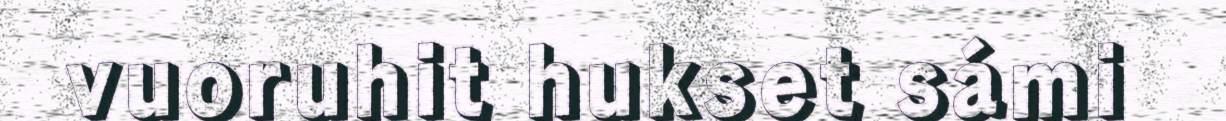
vuoruhit hukset sámi